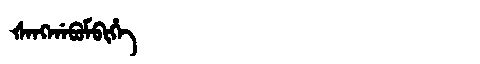
Manchu: ᡧᠠᠩᡤᠠᠪᡠᠮᠪᡳᡥᡝ
Romanization: ŠANGGABUMBIHE